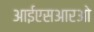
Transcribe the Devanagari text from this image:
आईएसआरओ